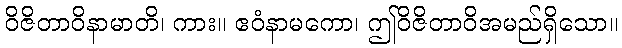
ဝိဇိတာဝိနာမာတိ၊ ကား။ ဧဝံနာမကော၊ ဤဝိဇိတာဝိအမည်ရှိသော။